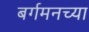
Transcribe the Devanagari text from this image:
बर्गमनच्या